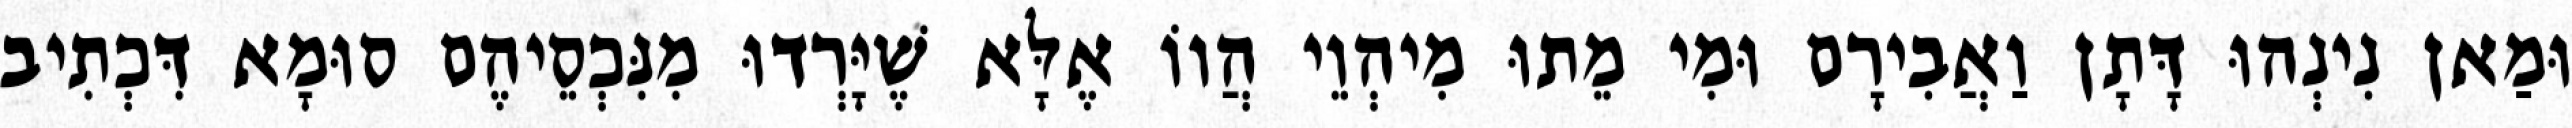
וּמַאן נִינְהוּ דָּתָן וַאֲבִירָם וּמִי מֵתוּ מִיהְוֵי הֲווֹ אֶלָּא שֶׁיָּרְדוּ מִנִּכְסֵיהֶם סוּמָא דִּכְתִיב